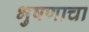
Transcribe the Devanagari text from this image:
भुषणाचा